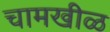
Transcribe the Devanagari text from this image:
चामखीळ